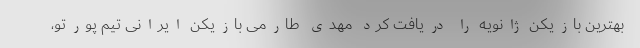
بهترین بازیکن ژانویه را دریافت کرد مهدی طارمی بازیکن ایرانی تیم پورتو،